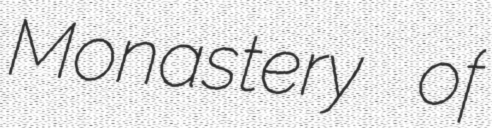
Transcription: Monastery of